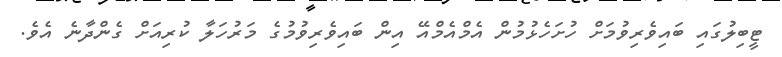
ޓީބިލުގައި ބައިވެރިވުމަށް ހުށަހެޅުމުން އެމްއެމްއޭ އިން ބައިވެރިވުމުގެ މަރުހަލާ ކުރިއަށް ގެންދާނެ އެވެ.